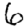
Digit: 6